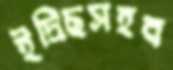
ইদ্রিছসহব